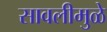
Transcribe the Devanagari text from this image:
सावलीमुळे